Rae_vallavalitsus, lk 41
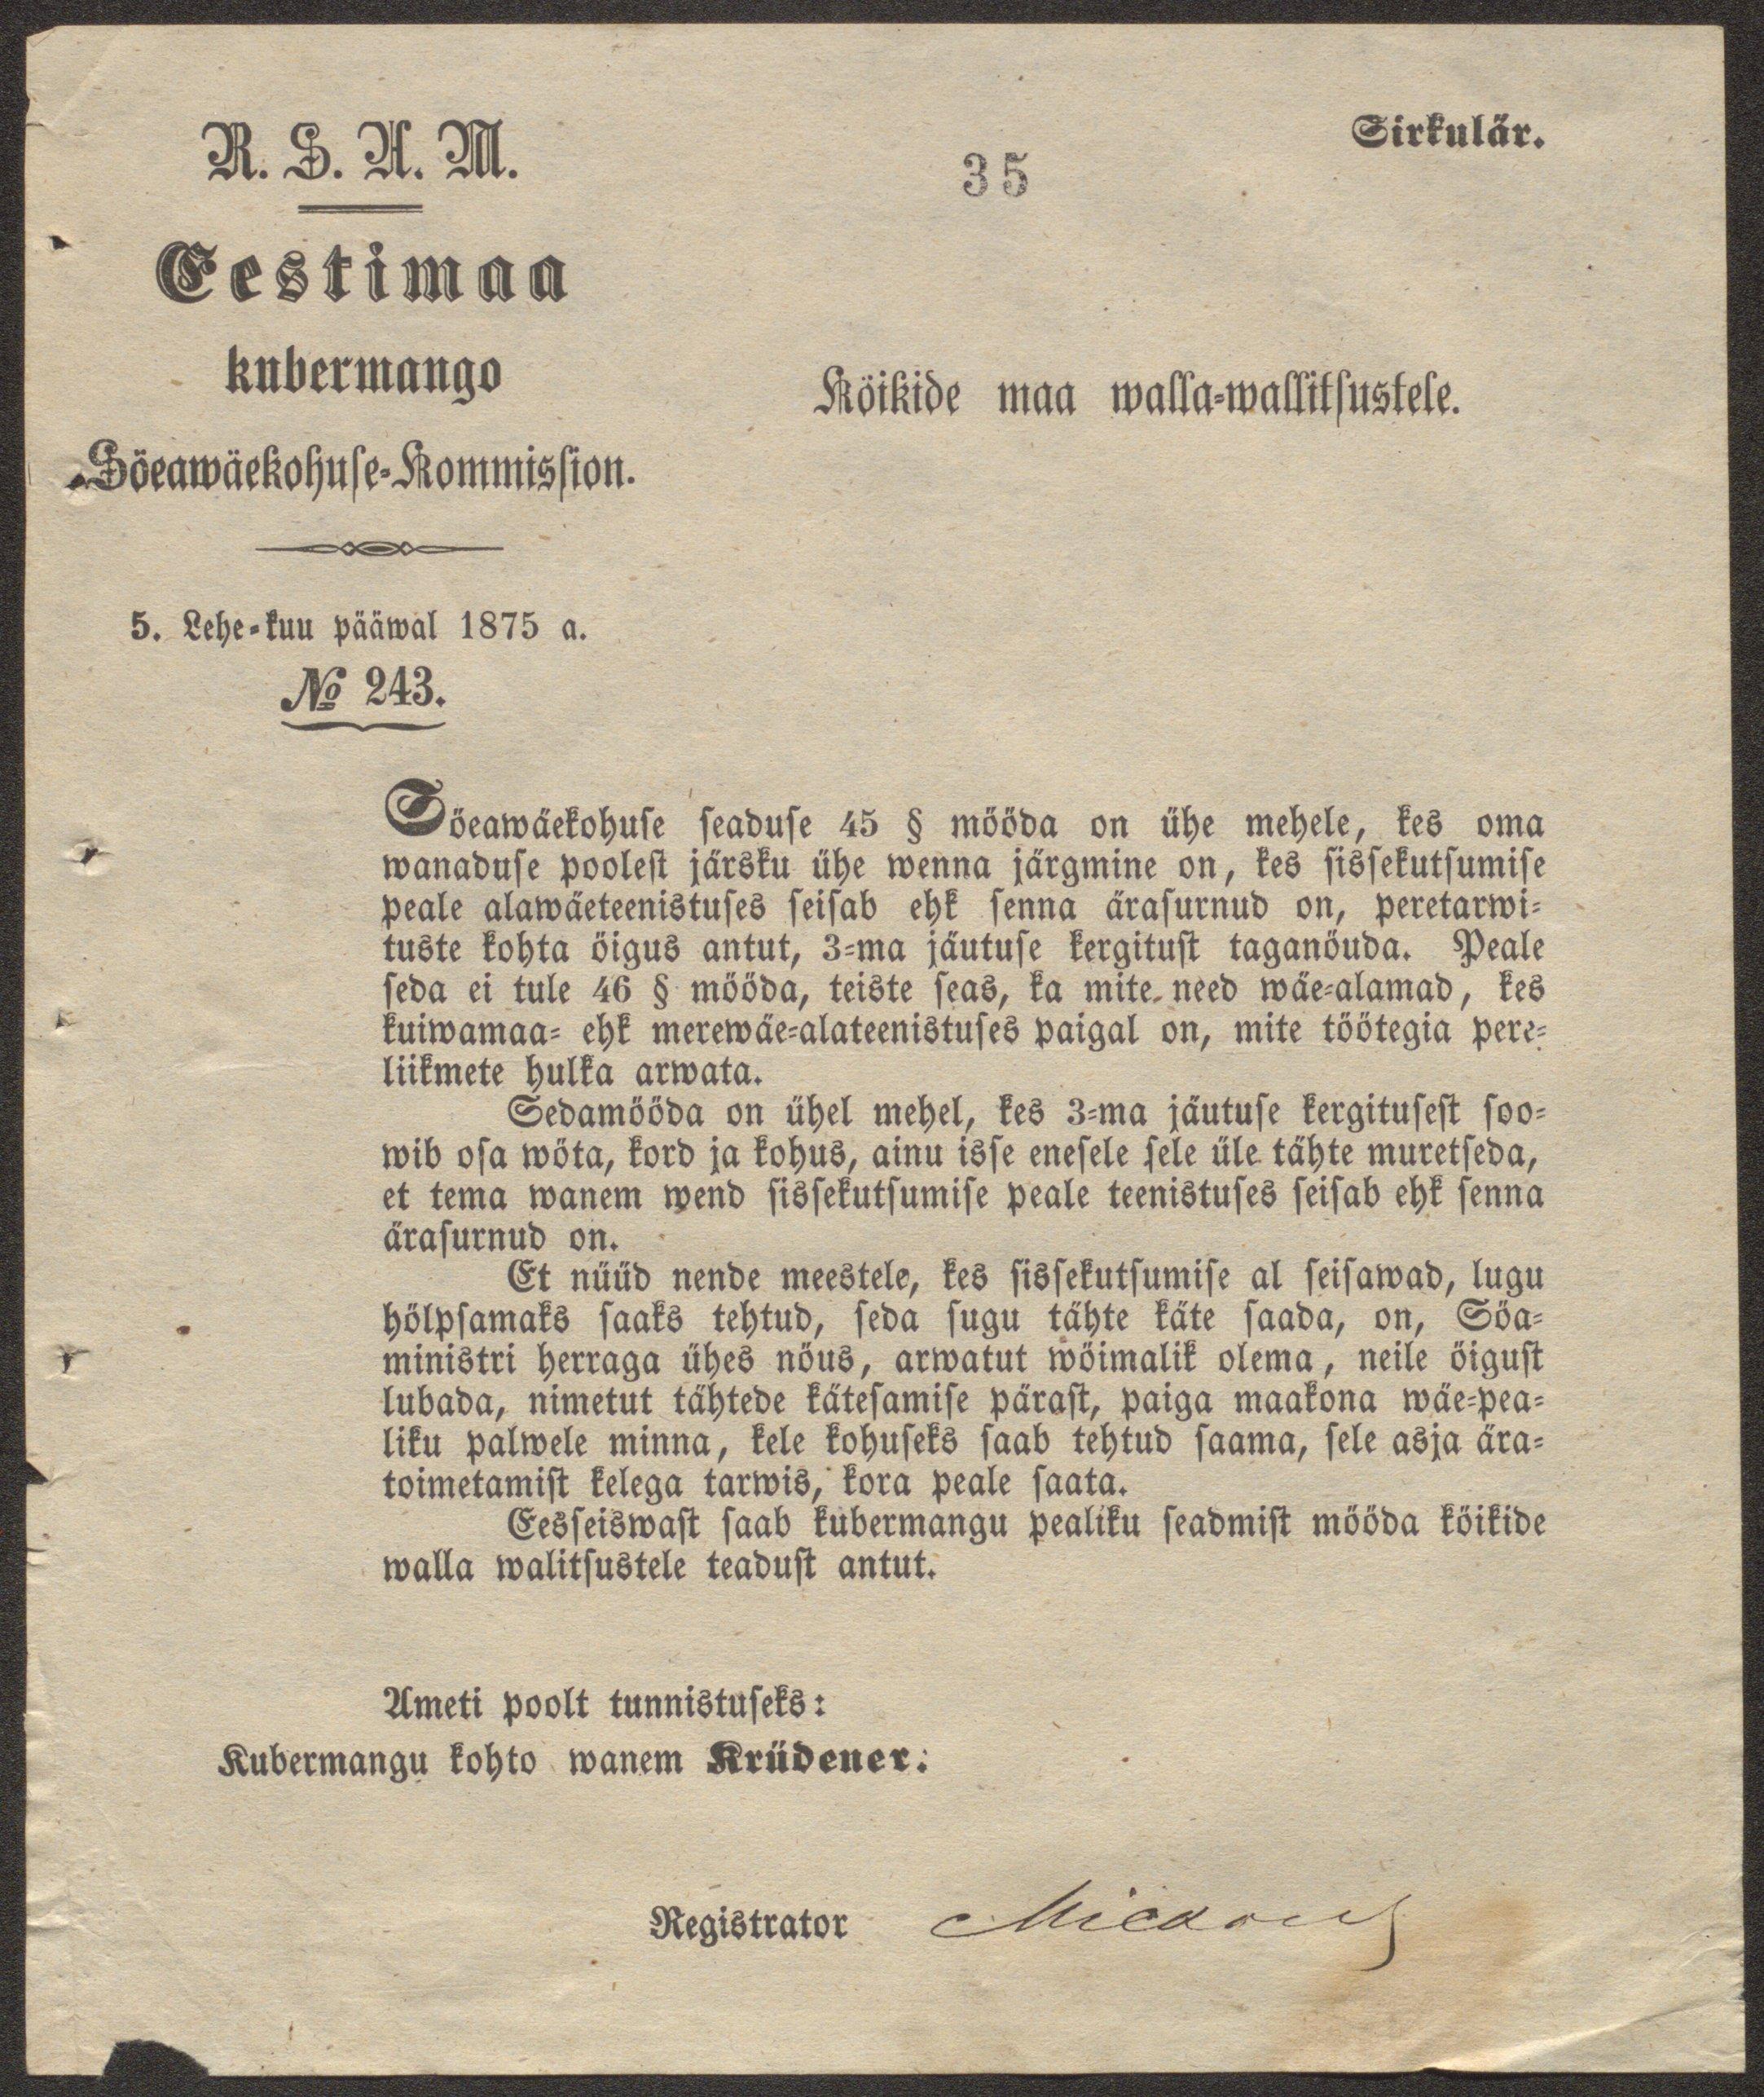
Sirkulär.

R. S. H. M.
Eestimaa
kubermango
Söeawäekohuse-Kommission.

35

Köikide maa walla-wallitsustele.

5. Lehe-kuu pääwal 1875 a.
No 243.

Söeawäekohuse seaduse 45 § mööda on ühe mehele, kes oma
wanaduse poolest järsku ühe wenna järgmine on, kes sissekutsumise
peale alawäeteenistuses seisab ehk senna ärasurnud on, peretarwi-
tuste kohta öigus antut, 3-ma jäutuse kergitust taganöuda. Peale
seda ei tule 46 § mööda, teiste seas, ka mite need wäe-alamad, kes
kuiwamaa- ehk merewäe-alateenistuses paigal on, mite töötegia pere-
liikmete hulka arwata.
Sedamööda on ühel mehel, kes 3-ma jäutuse kergitusest soo-
wib osa wöta, kord ja kohus, ainu isse enesele sele üle tähte muretseda,
et tema wanem wend sissekutsumise peale teenistuses seisab ehk senna
ärasurnud on.
Et nüüd nende meestele, kes sissekutsumise al seisawad, lugu
hölpsamaks saaks tehtud, seda sugu tähte käte saada, on, Söa-
ministri herraga ühes nöus, arwatut wöimalik olema, neile öigust
lubada, nimetut tähtede kätesamise pärast, paiga maakona wäe-pea-
liku palwele minna, kele kohuseks saab tehtud saama, sele asja ära-
toimetamist kelega tarwis, kora peale saata.
Eesseiswast saab kubermangu pealiku seadmist mööda köikide
walla walitsustele teadust antut.

Ameti poolt tunnistuseks:
Kubermangu kohto wanem Krüdener:

Registrator